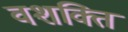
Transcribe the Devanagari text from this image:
वशक्ति